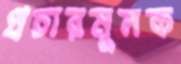
প্রচারমূলক